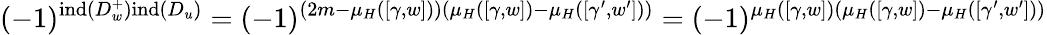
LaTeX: (-1)^{\mathrm{ind}(D_{w}^{+})\mathrm{ind}(D_{u})}=(-1)^{(2m-\mu_{H}([\gamma,w]))(\mu_{H}([\gamma,w])-\mu_{H}([\gamma^{\prime},w^{\prime}]))}=(-1)^{\mu_{H}([\gamma,w])(\mu_{H}([\gamma,w])-\mu_{H}([\gamma^{\prime},w^{\prime}]))}